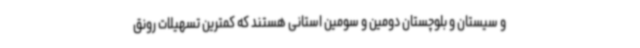
و سیستان و بلوچستان دومین و سومین استانی هستند که کمترین تسهیلات رونق